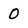
Character: 0